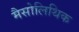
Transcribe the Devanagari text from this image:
मैसोलिथिक